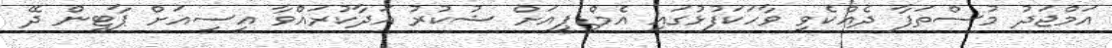
އަމްޖަދު މުސްތަފާ ދެއްކެވި ވާހަކަފުޅުގައި އެމްޑީޕީއަށް ޝުކުރު އަދާކުރައްވާ އީސީއަށް ޕާޓީން ދޭ